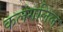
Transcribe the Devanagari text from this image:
कलंगलिल